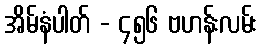
အိမ်နံပါတ် - ၄၅၆ ဗဟန်းလမ်း